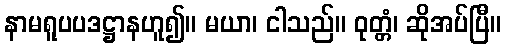
နာမရူပပဒဋ္ဌာနဟူ၍။ မယာ၊ ငါသည်။ ဝုတ္တံ၊ ဆိုအပ်ပြီ။